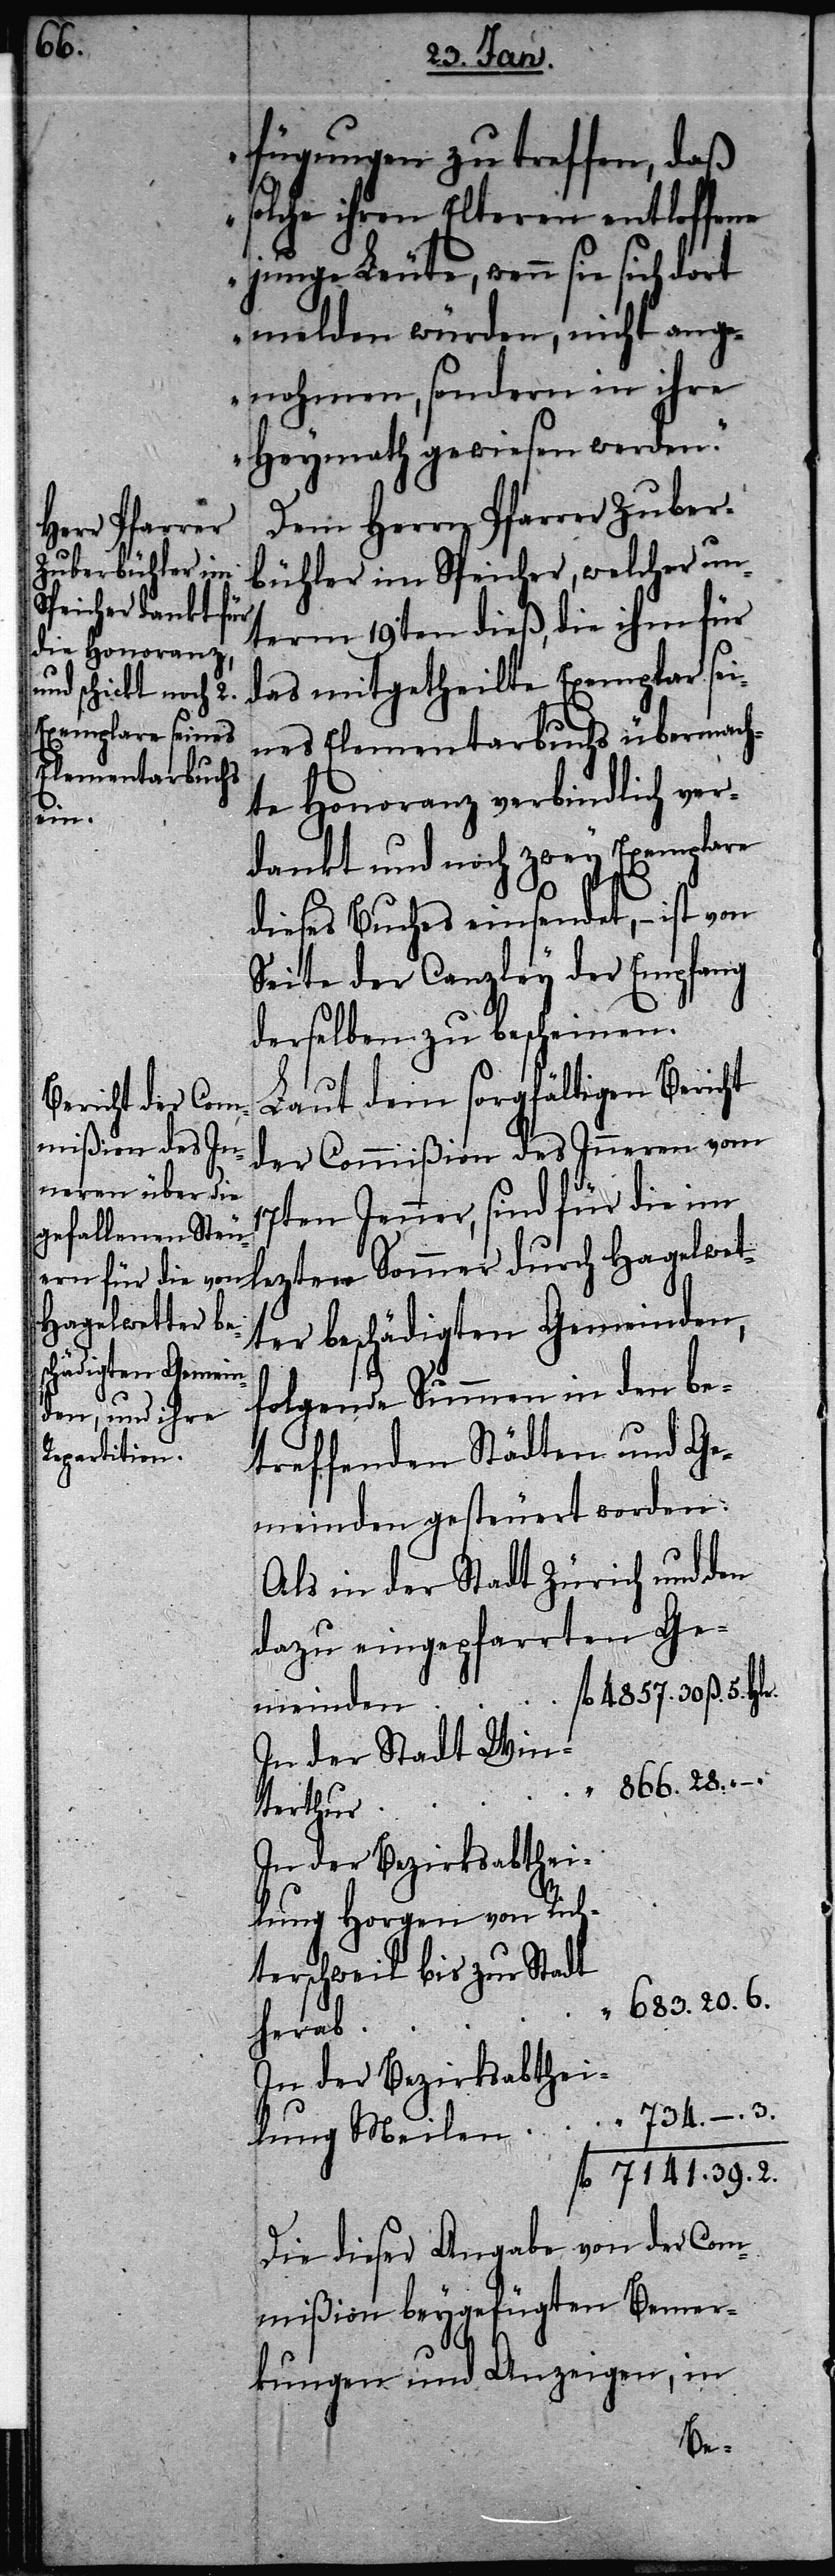
6.
fügungen zu treffen, daß
solche ihren Elteren entloffene
junge Leute, wenn sie sich dort
melden würden, nicht ang¬
enohmen, sondern in ihre
Heymath gewiesen werden.“
Dem Herrn Pfarrer Zuber¬
bühler im Speicher, welcher un¬
term 19ten dieß, die ihm für
das mitgetheilte Exemplar sei¬
nes Elementarbuchs übermach¬
te Honoranz verbindlich ver¬
lung
dankt und noch zwey Exemplare
2.
dieses Buchs einsendet, – ist von
Seite der Canzley der Empfang
derselben zu bescheinen.
Laut dem sorgfältigen Bericht
der Commißion des Inneren vom
sind für die im lezten Sommer durch Hagelwet¬
ter beschädigten Gemeinden,
folgende Summen in den be¬
treffenden Städten und Ge¬
meinden gesteuert worden:
Als in der Stadt Zürich und den
dazu eingepfarrten Ge¬
fl. 4857.
meinden
In der Stadt Win¬
terthur
In der Bezirksabthei¬
lung Horgen von Rich¬
terschweil bis zur Stadt
–.
herab
Die dieser Angabe von der Com¬
mißion beygefügten Bemer¬
kungen und Anzeigen, in